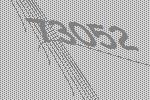
73052